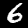
Label: 6